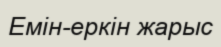
Емін-еркін жарыс